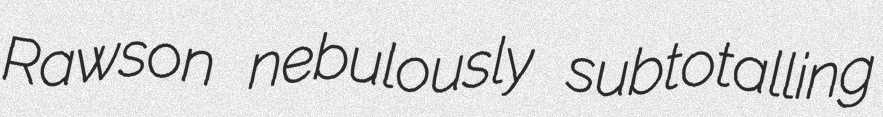
Rawson nebulously subtotalling